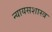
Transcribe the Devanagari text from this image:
न्यायसशास्त्र